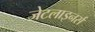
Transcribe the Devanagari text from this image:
जेटलाइनर्स